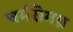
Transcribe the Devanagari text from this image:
चर्मरोगघ्न